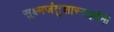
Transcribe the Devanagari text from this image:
सूक्ष्मजंतुशास्त्रज्ञांनी